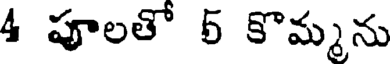
4 పూలతో 5 కొమ్మను